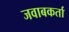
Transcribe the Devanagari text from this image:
जवाबकर्ता